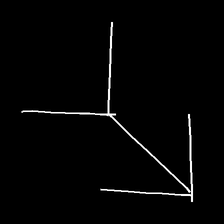
Glyph: gather